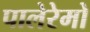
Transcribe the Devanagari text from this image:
पालेरेमो